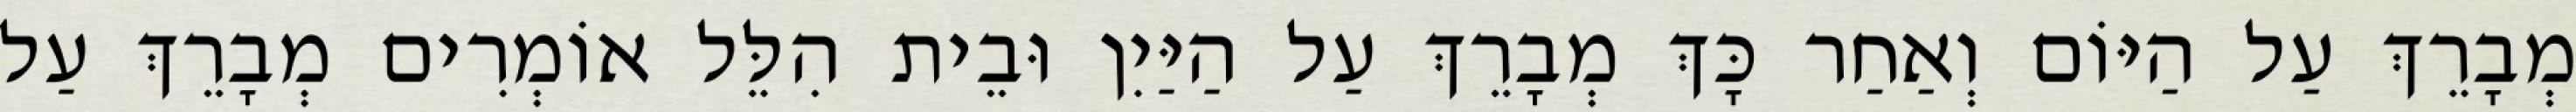
מְבָרֵךְ עַל הַיּוֹם וְאַחַר כָּךְ מְבָרֵךְ עַל הַיַּיִן וּבֵית הִלֵּל אוֹמְרִים מְבָרֵךְ עַל